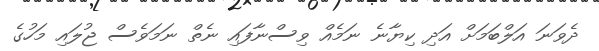
ދެވަނަ އަލްބަމަށް އަދި ކިޔާނެ ނަމެއް ވިސްނާފައި ނެތް ނަމަވެސް ޖުލައި މަހުގެ